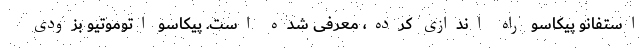
استفانو پیکاسو راه اندازی کرده، معرفی شده است. پیکاسو اتوموتیو بزودی